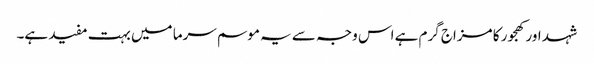
شہد اور کھجور کا مزاج گرم ہے اس وجہ سے یہ موسم سرما میں بہت مفید ہے۔